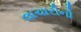
લાચારીનો